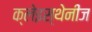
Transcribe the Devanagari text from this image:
क्लेइस्थेनीज